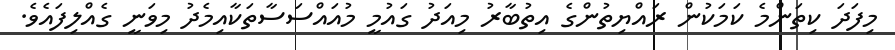
މިފަދަ ކިތަންމެ ކަމަކުން ރައްޔިތުންގެ އިތުބާރު މިއަދު ގައުމީ މުއައްސަސާތަކާއިމެދު މިވަނީ ގެއްލިފައެވެ.